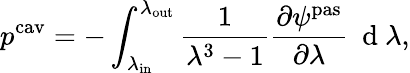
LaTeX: p^{\mathrm{cav}}=-\int_{\lambda_{\mathrm{in}}}^{\lambda_{\mathrm{out}}}\frac{1}{\lambda^{3}-1}\frac{\partial\psi^{\mathrm{pas}}}{\partial\lambda}\ \mathrm{~d~}\lambda,